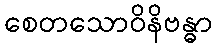
စေတသောဝိနိဗန္ဓာ